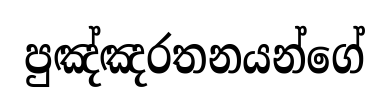
පුඤ්ඤරතනයන්ගේ